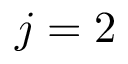
j = 2